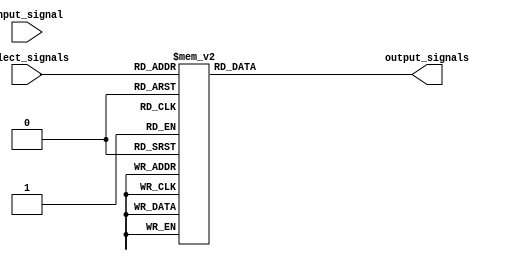
module demux_1to8(
    input wire input_signal,
    input wire [2:0] select_signals,
    output reg [7:0] output_signals
);

always @(*)
begin
    case(select_signals)
        3'b000: output_signals = 8'b00000001;
        3'b001: output_signals = 8'b00000010;
        3'b010: output_signals = 8'b00000100;
        3'b011: output_signals = 8'b00001000;
        3'b100: output_signals = 8'b00010000;
        3'b101: output_signals = 8'b00100000;
        3'b110: output_signals = 8'b01000000;
        3'b111: output_signals = 8'b10000000;
    endcase
end

endmodule